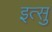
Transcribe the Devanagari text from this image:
इत्सु